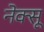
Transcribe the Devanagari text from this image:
नेक्सू